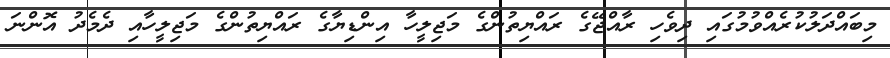
މިބައްދަލުކުރެއްވުމުގައި ދިވެހި ރާއްޖޭގެ ރައްޔިތުންގެ މަޖިލީހާ އިންޑިޔާގެ ރައްޔިތުންގެ މަޖިލީހާއި ދެމެދު އޮންނަ